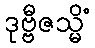
ဒုဗ္ဗီဇသ္မိံ